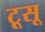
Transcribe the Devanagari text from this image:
टूसू